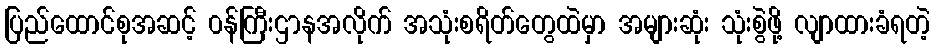
ပြည်ထောင်စုအဆင့် ၀န်ကြီးဌာနအလိုက် အသုံးစရိတ်တွေထဲမှာ အများဆုံး သုံးစွဲဖို့ လျာထားခံရတဲ့